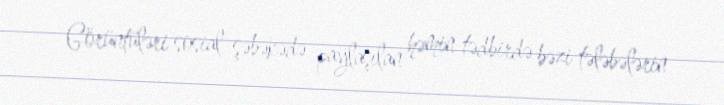
Görüntüləri sosial şəbəkədə paylaşılan həmin tədbirdə bəzi tələbələrin